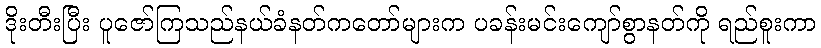
ဒိုးတီးပြီး ပူဇော်ကြသည်နယ်ခံနတ်ကတော်များက ပခန်းမင်းကျော်စွာနတ်ကို ရည်စူးကာ